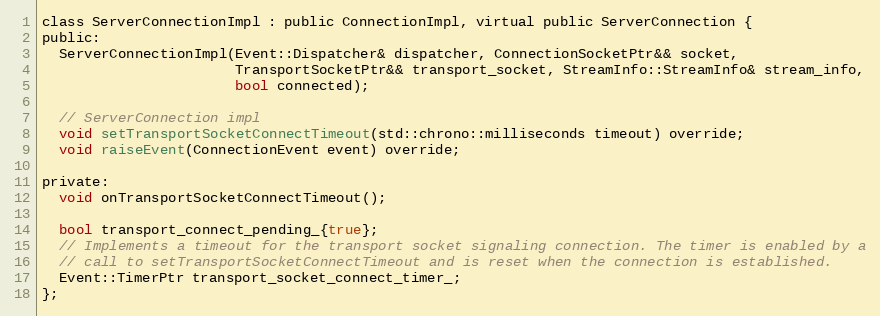
Language: C
class ServerConnectionImpl : public ConnectionImpl, virtual public ServerConnection {
public:
  ServerConnectionImpl(Event::Dispatcher& dispatcher, ConnectionSocketPtr&& socket,
                       TransportSocketPtr&& transport_socket, StreamInfo::StreamInfo& stream_info,
                       bool connected);

  // ServerConnection impl
  void setTransportSocketConnectTimeout(std::chrono::milliseconds timeout) override;
  void raiseEvent(ConnectionEvent event) override;

private:
  void onTransportSocketConnectTimeout();

  bool transport_connect_pending_{true};
  // Implements a timeout for the transport socket signaling connection. The timer is enabled by a
  // call to setTransportSocketConnectTimeout and is reset when the connection is established.
  Event::TimerPtr transport_socket_connect_timer_;
};